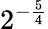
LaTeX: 2^{-{\frac{5}{4}}}